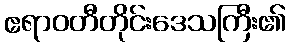
ဧရာဝတီတိုင်းဒေသကြီး၏